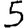
Digit: 5